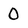
Character: O